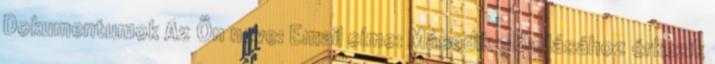
Dokumentumok Az Ön neve: Email címe: Második előadásához érkezik